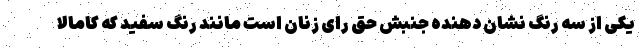
یکی از سه رنگ نشان دهنده جنبش حق رای زنان است مانند رنگ سفید که کامالا